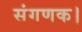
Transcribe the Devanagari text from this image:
संगणक।